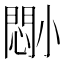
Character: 𫵈